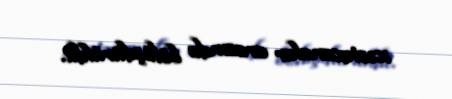
xəstəxanalar arasında bölüşdürüldü.